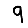
Digit: 9